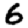
Digit: 6